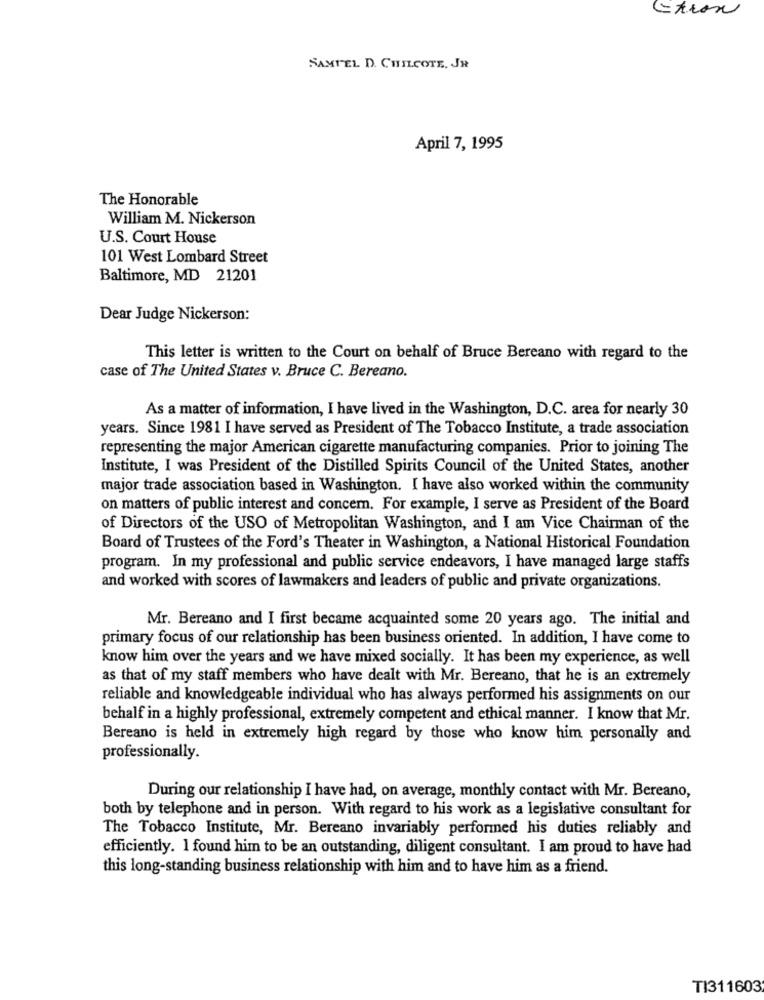
Ction
SAMUEL D. CHILCOTE, JR
April 7, 1995
The Honorable
William M. Nickerson
U.S. Court House
101 West Lombard Street
Baltimore, MD 21201
Dear Judge Nickerson:
This letter is written to the Court on behalf of Bruce Bereano with regard to the
case of The United States v. Bruce C. Bereano.
As a matter of information, I have lived in the Washington, D.C. area for nearly 30
years. Since 1981 I have served as President of The Tobacco Institute, a trade association
representing the major American cigarette manufacturing companies. Prior to joining The
Institute, I was President of the Distilled Spirits Council of the United States, another
major trade association based in Washington. I have also worked within the community
on matters of public interest and concern. For example, I serve as President of the Board
of Directors of the USO of Metropolitan Washington, and I am Vice Chairman of the
Board of Trustees of the Ford's Theater in Washington, a National Historical Foundation
program. In my professional and public service endeavors, I have managed large staffs
and worked with scores of lawmakers and leaders of public and private organizations.
Mr. Bereano and I first became acquainted some 20 years ago. The initial and
primary focus of our relationship has been business oriented. In addition, I have come to
know him over the years and we have mixed socially. It has been my experience, as well
as that of my staff members who have dealt with Mr. Bereano, that he is an extremely
reliable and knowledgeable individual who has always performed his assignments on our
behalf in a highly professional, extremely competent and ethical manner. I know that Mr.
Bereano is held in extremely high regard by those who know him personally and
professionally.
During our relationship I have had, on average, monthly contact with Mr. Bereano,
both by telephone and in person. With regard to his work as a legislative consultant for
The Tobacco Institute, Mr. Bereano invariably performed his duties reliably and
efficiently. I found him to be an outstanding, diligent consultant. I am proud to have had
this long-standing business relationship with him and to have him as a friend.
TI311603